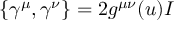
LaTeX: \left\{ \gamma ^ { \mu } , \gamma ^ { \nu } \right\} = 2 g ^ { \mu \nu } ( u ) I